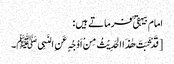
امام بیہقی ؒ فرماتے ہیں :
[قَدْ ثَبَتَ ھٰذَا الحَدِیْثُ مِنْ اَوْجُہٍ عَنِ النَبِیﷺ۔